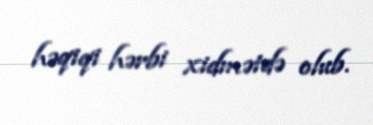
həqiqi hərbi xidmətdə olub.